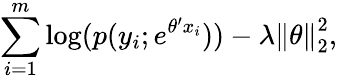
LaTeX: \sum_{i=1}^{m}\log(p(y_{i};e^{\theta^{\prime}x_{i}}))-\lambda\left\| \theta\right\| _{2}^{2},